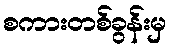
စကားတစ်ခွန်းမှ